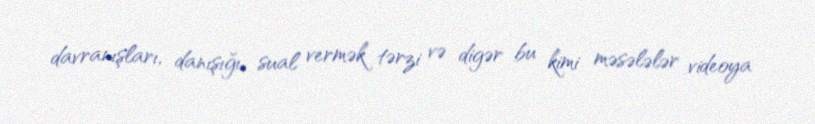
davranışları, danışığı, sual vermək tərzi və digər bu kimi məsələlər videoya